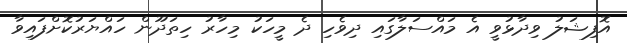
އޮފިޝަލު ވިދާޅުވީ އެ މައްސަލާގައި ދިވެހި ދެ މީހަކު މިހާރު ހިތަދޫން ހައްޔަރުކޮށްފައިވާ